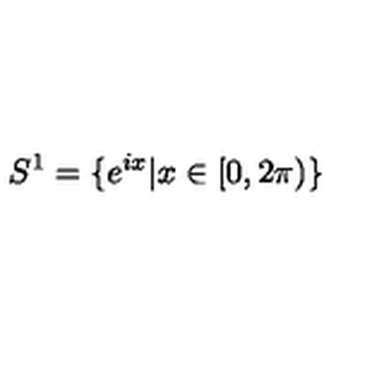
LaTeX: S ^ { 1 } = \{ e ^ { i x } \vert x \in [ 0 , 2 \pi ) \}